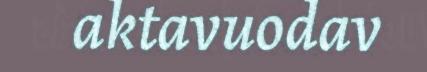
aktavuodav